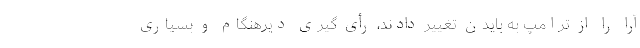
آرا را از ترامپ به بایدن تغییر دادند، رأی گیری دیرهنگام و بسیاری